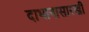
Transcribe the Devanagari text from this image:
दाभानासारखी